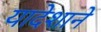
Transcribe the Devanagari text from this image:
यादेशाने